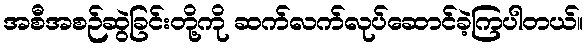
အစီအစဉ်ဆွဲခြင်းတို့ကို ဆက်လက်လုပ်ဆောင်ခဲ့ကြပါတယ်။